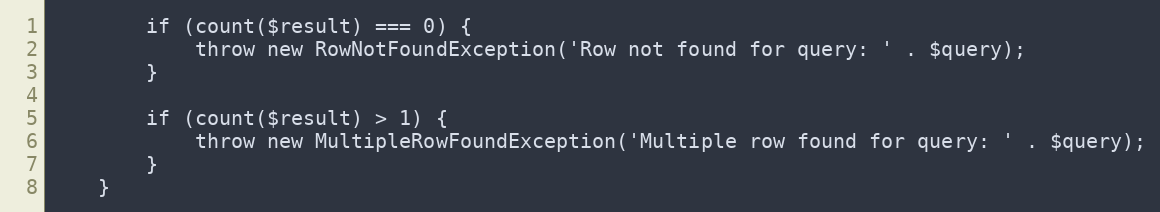
Language: PHP
        if (count($result) === 0) {
            throw new RowNotFoundException('Row not found for query: ' . $query);
        }

        if (count($result) > 1) {
            throw new MultipleRowFoundException('Multiple row found for query: ' . $query);
        }
    }